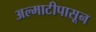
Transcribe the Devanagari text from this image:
अल्माटीपासून